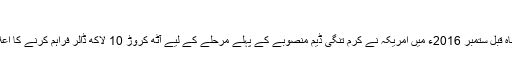
‘‘
تقریبا دو ماہ قبل ستمبر 2016ء میں امریکہ نے کرم تنگی ڈیم منصوبے کے پہلے مرحلے کے لیے آٹھ کروڑ 10 لاکھ ڈالر فراہم کرنے کا اعلان کیا تھا۔